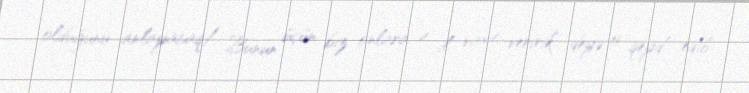
olduğunu anlayacaq/ Bunun üçün biz onlara 4 il vaxt veririk”,-deyə o qeyd edib.